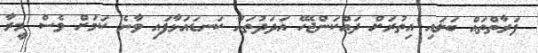
ފަރާތްތައް ބަލައި އިތުރަށް ދައްކަންޖެހޭ އަދަދުތައް ކަނޑައަޅާފައި ވާނެ ކަމަށް ވެސް މީރާ